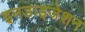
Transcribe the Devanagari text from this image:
इनडाइजेशन